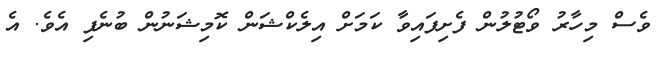
ވެސް މިހާރު ވޯޓުލުން ފެށިފައިވާ ކަމަށް އިލެކްޝަން ކޮމިޝަނުން ބުނެފި އެވެ. އެ